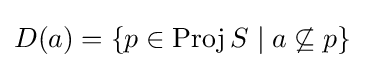
D(a)=\{p\in \operatorname {Proj} S\mid a\not \subseteq p\}